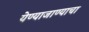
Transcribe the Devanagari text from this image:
येण्याजाण्याचा